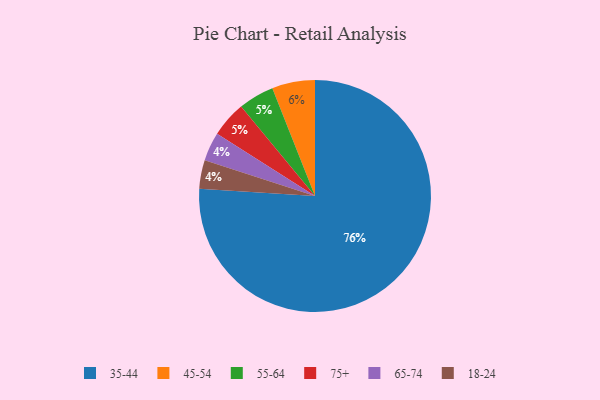
{"axis": {"x": "Category", "y": "Percentage"}, "legend": ["18-24", "35-44", "45-54", "55-64", "65-74", "75+"], "data": [{"x": "35-44", "y": 76, "type": "35-44"}, {"x": "65-74", "y": 4, "type": "65-74"}, {"x": "55-64", "y": 5, "type": "55-64"}, {"x": "18-24", "y": 4, "type": "18-24"}, {"x": "45-54", "y": 6, "type": "45-54"}, {"x": "75+", "y": 5, "type": "75+"}]}